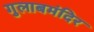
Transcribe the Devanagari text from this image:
गुलाबमंदिर